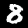
Digit: 8